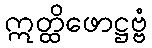
ဣတ္ထိဖောဋ္ဌဗ္ဗံ